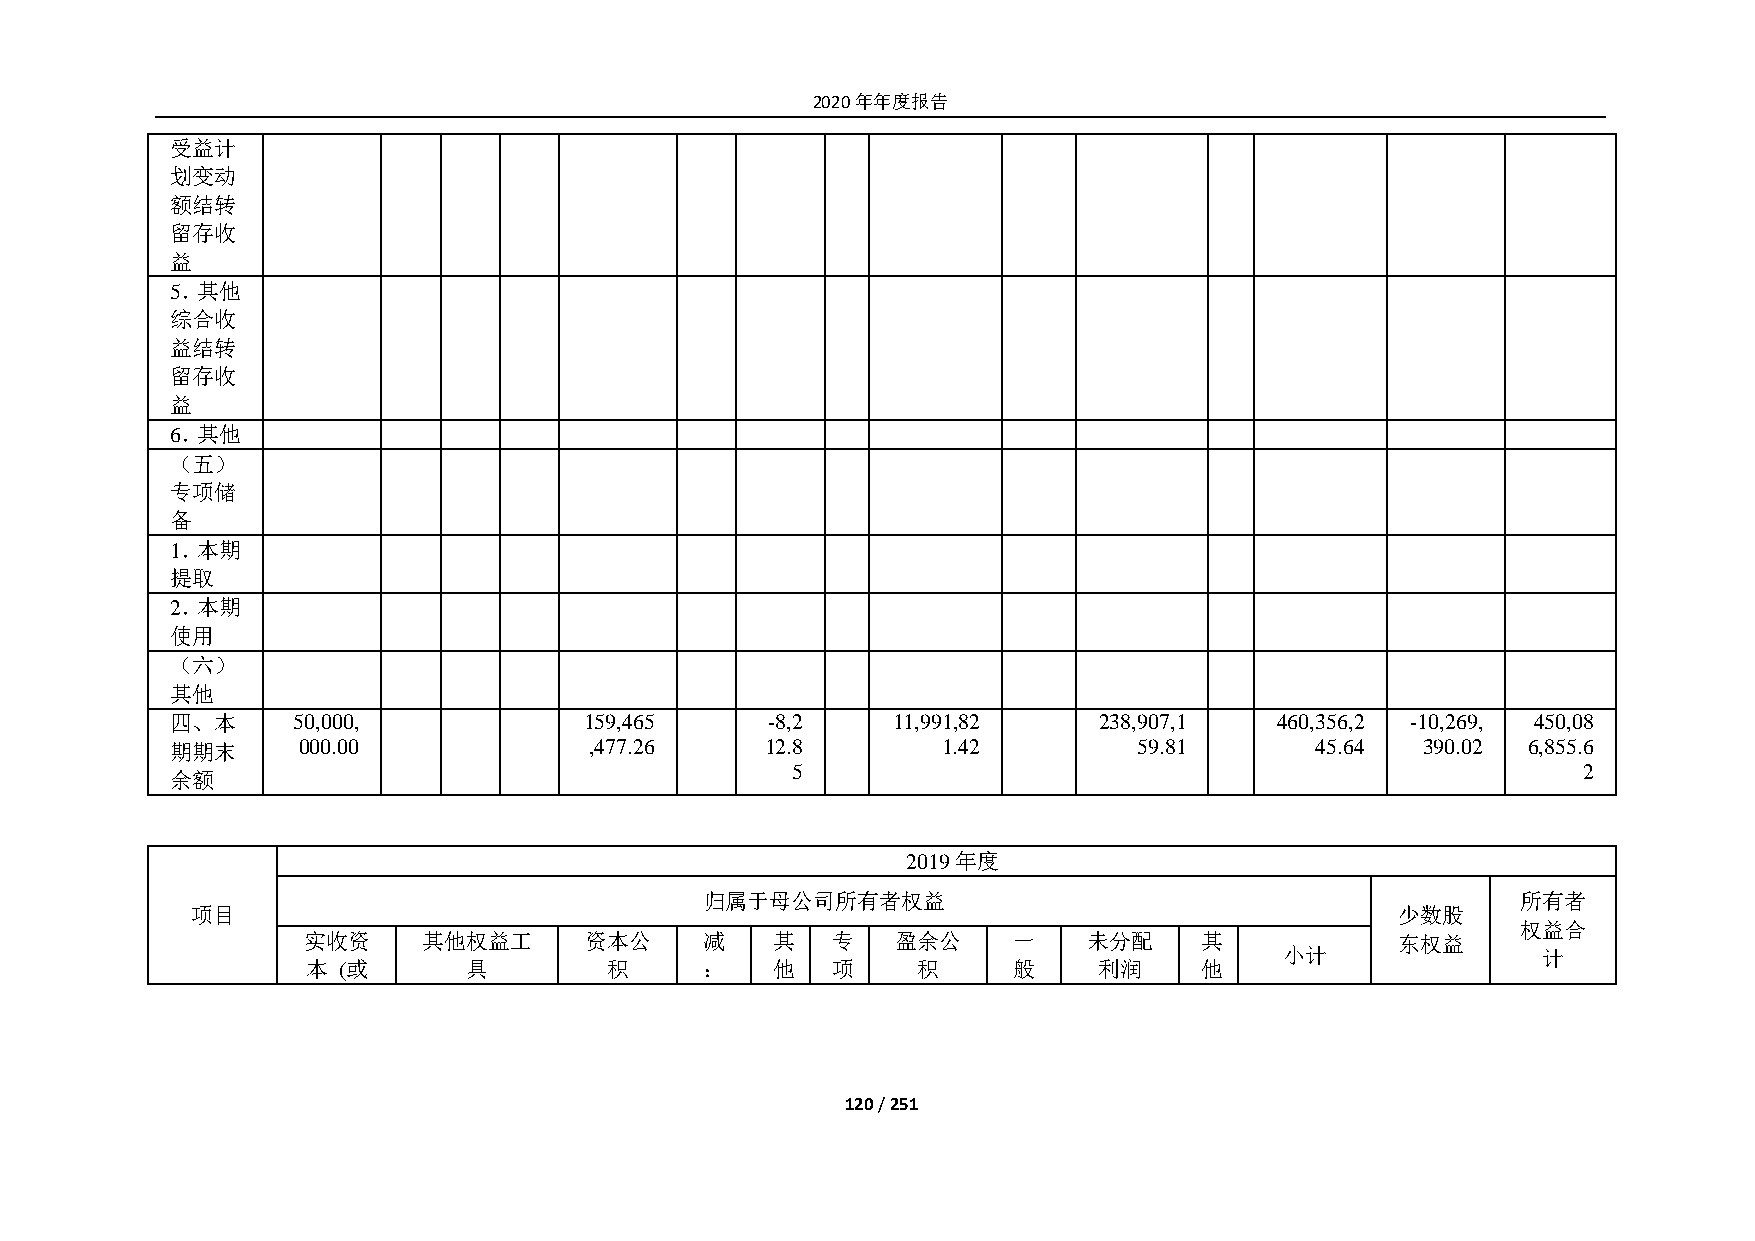
2020年年度报告
 受益计
 划变动
 额结转
 留存收
 益
 5．其他
 综合收
 益结转
 留存收
 益
 6．其他
 （五）
 专项储
 备
 1．本期
 提取
 2．本期
 使用
 （六）
 其他
 四、本     50,000,             159,465     -8,2    11,991,82     238,907,1  460,356,2 -10,269, 450,08
 期期末      000.00             ,477.26     12.8       1.42         59.81       45.64  390.02 6,855.6
 5                                                    2
 余额
 2019年度
 归属于母公司所有者权益                                           所有者
 项目                                                                             少数股
 权益合
 实收资     其他权益工      资本公     减   其   专   盈余公     一    未分配    其            东权益
 小计               计
 本 (或       具        积      ：   他   项     积     般     利润    他
 120 / 251